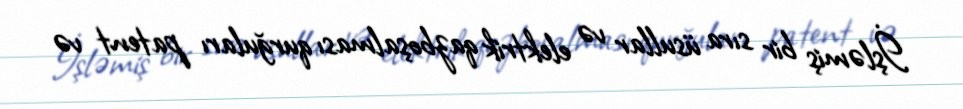
İşləmiş bir sıra üsullar və elektrik qazboşalması qurğuları patent və